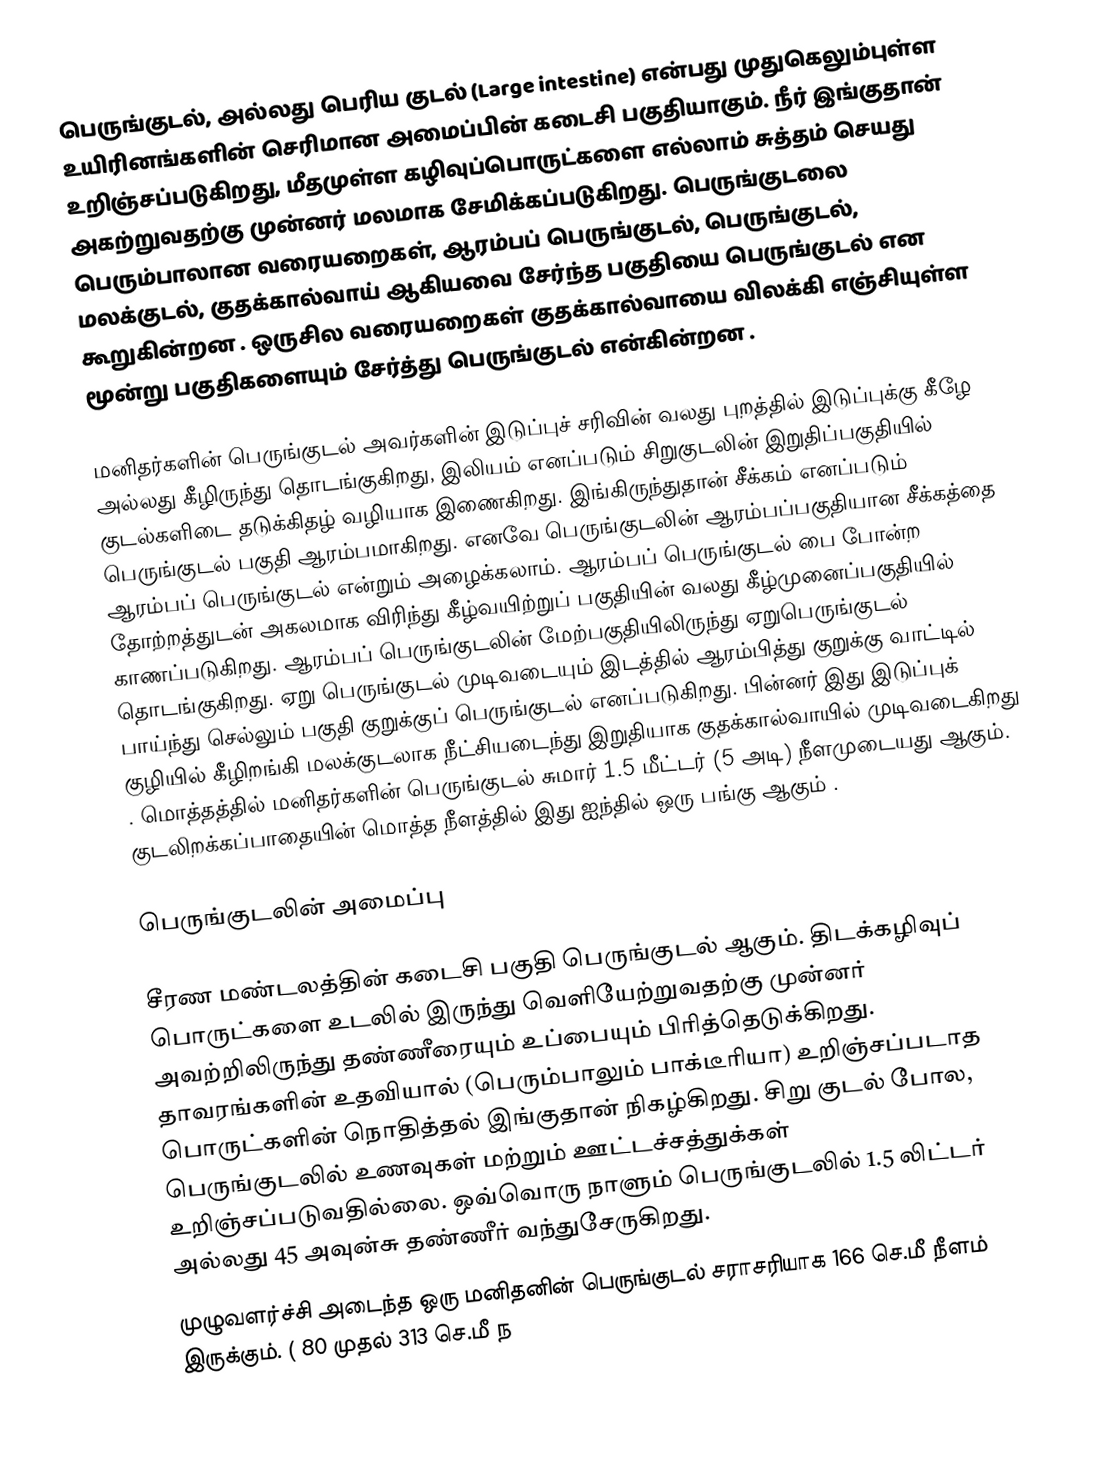
பெருங்குடல், அல்லது பெரிய குடல் (Large intestine) என்பது  முதுகெலும்புள்ள உயிரினங்களின் செரிமான அமைப்பின் கடைசி பகுதியாகும். நீர் இங்குதான் உறிஞ்சப்படுகிறது, மீதமுள்ள கழிவுப்பொருட்களை எல்லாம் சுத்தம் செயது அகற்றுவதற்கு முன்னர் மலமாக சேமிக்கப்படுகிறது. பெருங்குடலை பெரும்பாலான வரையறைகள், ஆரம்பப் பெருங்குடல், பெருங்குடல், மலக்குடல், குதக்கால்வாய் ஆகியவை சேர்ந்த பகுதியை பெருங்குடல் என கூறுகின்றன . ஒருசில வரையறைகள் குதக்கால்வாயை விலக்கி எஞ்சியுள்ள மூன்று பகுதிகளையும் சேர்த்து பெருங்குடல் என்கின்றன .

மனிதர்களின் பெருங்குடல் அவர்களின் இடுப்புச் சரிவின் வலது புறத்தில் இடுப்புக்கு கீழே அல்லது கீழிருந்து தொடங்குகிறது, இலியம் எனப்படும் சிறுகுடலின் இறுதிப்பகுதியில் குடல்களிடை தடுக்கிதழ் வழியாக இணைகிறது. இங்கிருந்துதான் சீக்கம் எனப்படும் பெருங்குடல் பகுதி ஆரம்பமாகிறது. எனவே பெருங்குடலின் ஆரம்பப்பகுதியான சீக்கத்தை ஆரம்பப் பெருங்குடல் என்றும் அழைக்கலாம். ஆரம்பப் பெருங்குடல் பை போன்ற தோற்றத்துடன் அகலமாக விரிந்து கீழ்வயிற்றுப் பகுதியின் வலது கீழ்முனைப்பகுதியில் காணப்படுகிறது. ஆரம்பப் பெருங்குடலின் மேற்பகுதியிலிருந்து ஏறுபெருங்குடல் தொடங்குகிறது. ஏறு பெருங்குடல் முடிவடையும் இடத்தில் ஆரம்பித்து குறுக்கு வாட்டில் பாய்ந்து செல்லும் பகுதி குறுக்குப் பெருங்குடல் எனப்படுகிறது. பின்னர் இது இடுப்புக் குழியில் கீழிறங்கி மலக்குடலாக நீட்சியடைந்து இறுதியாக குதக்கால்வாயில் முடிவடைகிறது . மொத்தத்தில் மனிதர்களின் பெருங்குடல் சுமார் 1.5 மீட்டர் (5 அடி) நீளமுடையது ஆகும். குடலிறக்கப்பாதையின் மொத்த நீளத்தில் இது ஐந்தில் ஒரு பங்கு ஆகும் .

பெருங்குடலின் அமைப்பு

சீரண மண்டலத்தின் கடைசி பகுதி பெருங்குடல் ஆகும். திடக்கழிவுப் பொருட்களை  உடலில் இருந்து வெளியேற்றுவதற்கு முன்னர்  அவற்றிலிருந்து தண்ணீரையும்  உப்பையும் பிரித்தெடுக்கிறது. தாவரங்களின் உதவியால் (பெரும்பாலும் பாக்டீரியா)  உறிஞ்சப்படாத பொருட்களின்  நொதித்தல் இங்குதான் நிகழ்கிறது.  சிறு குடல் போல, பெருங்குடலில் உணவுகள் மற்றும் ஊட்டச்சத்துக்கள் உறிஞ்சப்படுவதில்லை.  ஒவ்வொரு நாளும் பெருங்குடலில் 1.5 லிட்டர் அல்லது 45 அவுன்சு தண்ணீர் வந்துசேருகிறது.
முழுவளர்ச்சி அடைந்த ஒரு மனிதனின் பெருங்குடல் சராசரியாக 166 செ.மீ நீளம் இருக்கும். ( 80 முதல் 313 செ.மீ ந